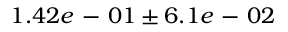
1 . 4 2 e \mathrm { ~ - ~ } 0 1 \pm 6 . 1 e \mathrm { ~ - ~ } 0 2